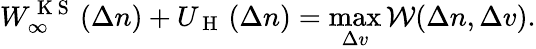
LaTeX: W_{\infty}^{\mathrm{~K~S~}}\left(\Delta n\right)+U_{\mathrm{~H~}}\left(\Delta n\right)=\operatorname*{max}_{\Delta v}\mathcal{W}(\Delta n,\Delta v).